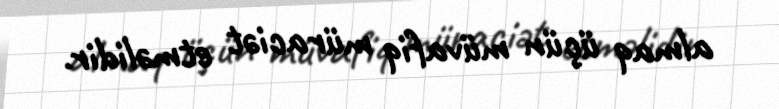
almaq üçün müvafiq müraciət etməlidir.